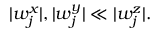
| w _ { j } ^ { x } | , | w _ { j } ^ { y } | \ll | w _ { j } ^ { z } | .